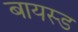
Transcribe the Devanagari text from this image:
बायस्ड